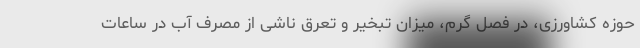
حوزه کشاورزی، در فصل گرم، میزان تبخیر و تعرق ناشی از مصرف آب در ساعات